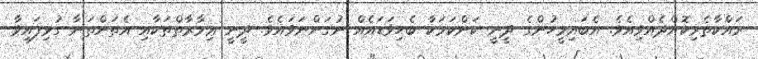
ރައްކާތެރިކޮށްދެއްވިއެވެ. އެބައިމީހުންގެ ދީނީ ކަންކަމަކާ ބެހިވަޑައެއް ނުގަންނަވައެވެ. ދީނީ ޢިމާރާތްތަކާއި އެތަންތަނާ ގުޅިފައިވާ